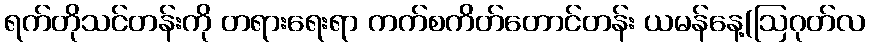
ရက်တိုသင်တန်းကို တရားရေးရာ ကက်စကိတ်တောင်တန်း ယမန်နေ့(ဩဂုတ်လ